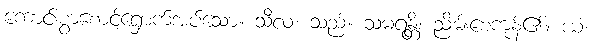
ကောင်းစွာစောင့်ရှောက်အပ်သော။ သီလံ၊ သည်။ သမရန္တိ၊ ညိမ်းစေကုန်၏။ ယံ၊